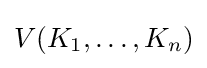
V(K_{1},\ldots ,K_{n})